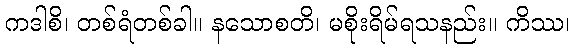
ကဒါစိ၊ တစ်ရံတစ်ခါ။ နသောစတိ၊ မစိုးရိမ်ရသနည်း။ ကိဿ၊